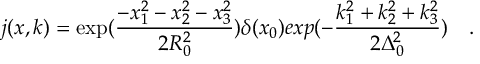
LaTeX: j ( x , k ) = \exp ( \frac { - x _ { 1 } ^ { 2 } - x _ { 2 } ^ { 2 } - x _ { 3 } ^ { 2 } } { 2 R _ { 0 } ^ { 2 } } ) \delta ( x _ { 0 } ) e x p ( - \frac { k _ { 1 } ^ { 2 } + k _ { 2 } ^ { 2 } + k _ { 3 } ^ { 2 } } { 2 \Delta _ { 0 } ^ { 2 } } ) ~ ~ ~ .